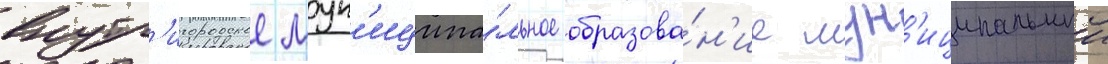
внутр'игородское мун'иципа́льное образова́н'ие мун'иципальныи